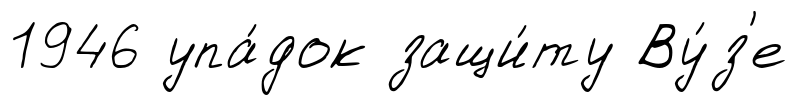
1946 упа́док защи́ту Ву́з'е